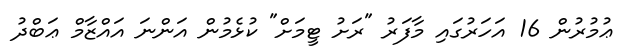
ޢުމުރުން 16 އަހަރުގައި މާފަރު "ރަށު ޓީމަށް" ކުޅެމުން އަންނަ އައްޒާމް ޢަބްދު